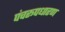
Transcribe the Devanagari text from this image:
पंचरूपधारण